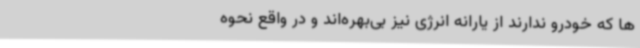
ها که خودرو ندارند از یارانه انرژی نیز بی‌بهره‌اند و در واقع نحوه